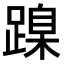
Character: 𨃔